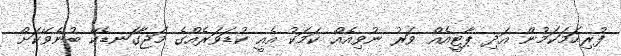
ފުރިހަމަކަމުން އަދި ޕާޓީއެއް ވަރު ނުވިއެއް ކަމަކު އެއީ ކުޑަވަރެއްގެ މަޖާގަނޑެކޭ ބުނެވޭކަށް